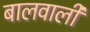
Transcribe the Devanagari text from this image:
बालवाली